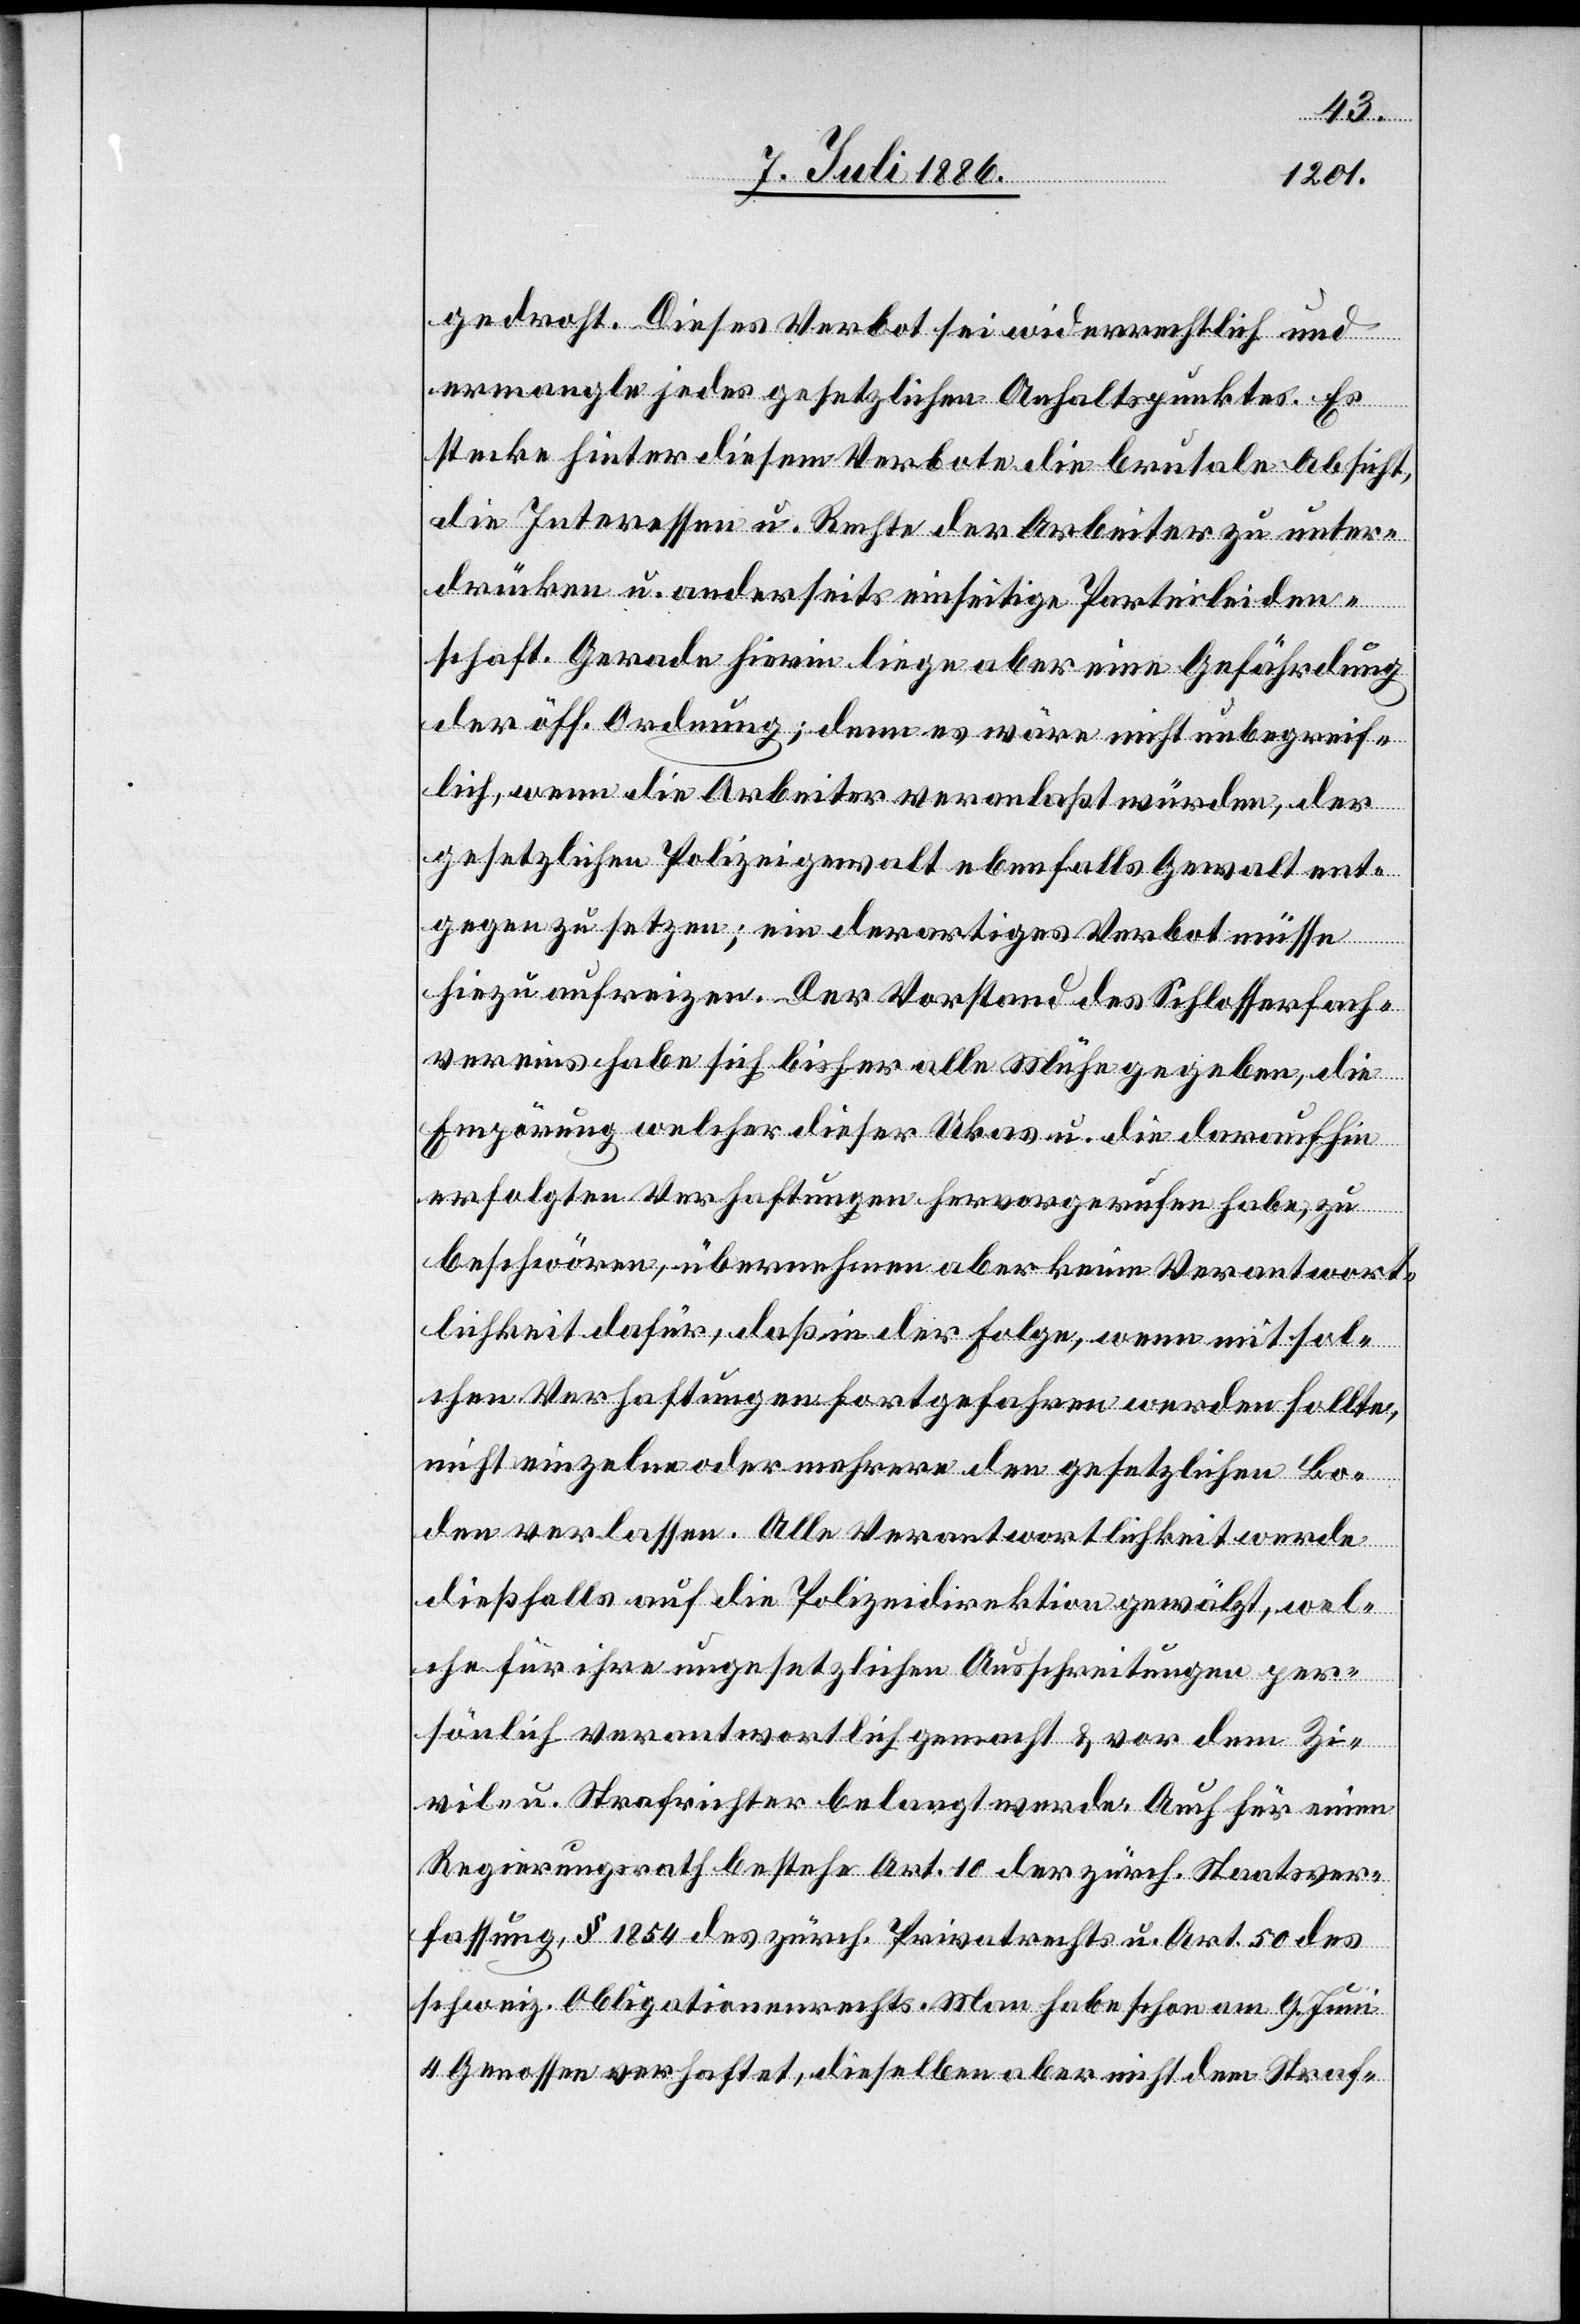
gedroht. Dieses Verbot sei widerrechtlich und
ermangle jedes gesetzlichen Anhaltspunktes. Es
stecke hinter diesem Verbote die brutale Absicht,
die Interessen u. Rechte der Arbeiter zu unter¬
drücken u. anderseits einseitige Parteileiden¬
schaft. Gerade hierin liege aber eine Gefährdung
der öffentlichen Ordnung; denn es wäre nicht unbegreif¬
lich, wenn die Arbeiter veranlaßt würden, der
gesetzlichen Polizeigewalt ebenfalls Gewalt ent¬
gegen zu setzen; ein derartiges Verbot müsse
hiezu aufreizen. Der Vorstand des Schlosserfach¬
vereins habe sich bisher alle Mühe gegeben, die
Empörung, welcher dieser Ukas u. die daraufhin
erfolgten Verhaftungen hervorgerufen habe, zu
beschwören, übernehmen [recte: übernehme] aber keine Verantwort¬
lichkeit dafür, daß in der Folge, wenn mit sol¬
chen Verhaftungen fortgefahren werden sollte,
nicht einzelne oder mehrere den gesetzlichen Bo¬
den verlassen. Alle Verantwortlichkeit werde
dießfalls auf die Polizeidirektion gewälzt, wel¬
che für ihre ungesetzlichen Ausschreitungen per¬
sönlich verantwortlich gemacht & vor dem Zi¬
vil- u. Strafrichter belangt werde. Auch für einen
Regierungsrath bestehe Art. 10 der zürch. Staatsver¬
fassung, § 1854 des zürch. Privatrechts u. Art. 50 des
schweiz. Obligationenrechts. Man habe schon am 9. Juni
4 Genossen verhaftet, dieselben aber nicht dem Straf-